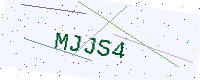
Text: MJJS4